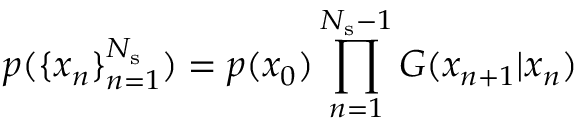
p ( \{ x _ { n } \} _ { n = 1 } ^ { N _ { \mathrm { s } } } ) = p ( x _ { 0 } ) \prod _ { n = 1 } ^ { N _ { \mathrm { s } } - 1 } G ( x _ { n + 1 } | x _ { n } )